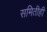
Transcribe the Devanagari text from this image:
समितीही